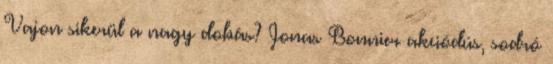
Vajon sikerül a nagy dobás? Jonas Bonnier akciódús, sodró